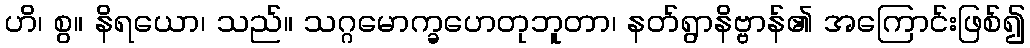
ဟိ၊ စွ။ နိရယော၊ သည်။ သဂ္ဂမောက္ခဟေတုဘူတာ၊ နတ်ရွာနိဗ္ဗာန်၏ အကြောင်းဖြစ်၍